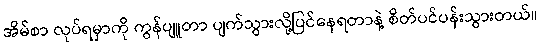
အိမ်စာ လုပ်ရမှာကို ကွန်ပျူတာ ပျက်သွားလို့ပြင်နေရတာနဲ့ စိတ်ပင်ပန်းသွားတယ်။